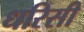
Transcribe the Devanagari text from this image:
धरिसी